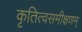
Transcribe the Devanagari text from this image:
कृतित्वसमीक्षणम्